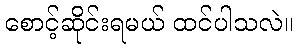
စောင့်ဆိုင်းရမယ် ထင်ပါသလဲ။